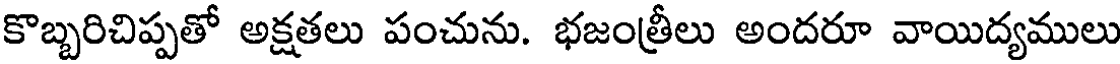
కొబ్బరిచిప్పతో అక్షతలు పంచును. భజంత్రీలు అందరూ వాయిద్యములు